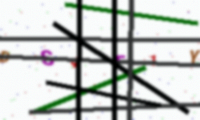
Text: DS4F1Y